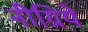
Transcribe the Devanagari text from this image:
नीग्रिये